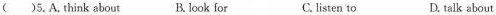
( )5.A, think about B. look for C. listen to D. talk about